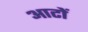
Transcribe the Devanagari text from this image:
आटों